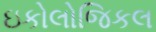
ઇકોલોજિકલ